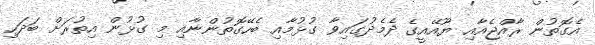
އެގޮތުން ރާއްޖެއާއި ޔޫއޭއީގެ ދެމެދުގައިވާ ގުޅުމާއި ބެހޭގޮތުންނާއި މި ގުޅުން އިތުރަށް ބަދަހި